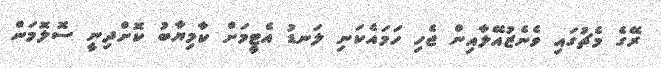
ރޭގެ މެޗުގައި ވެނެޒުއޭލާއިން ޖެހި ހަަމައެކަނި ލަނޑު އެޓީމަށް ކާމިޔާބު ކޮށްދިނީ ސޮލޮމަން